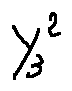
Y _ { 3 } ^ { 2 }